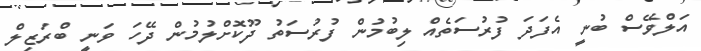
އަލްވޭސް ބުނީ އެފަދަ ފުރުސަތެއް ލިބުމުން ފުރުސަތު ދޫކޮށްލުމުން ދޭހަ ވަނީ ބްރަޒިލް